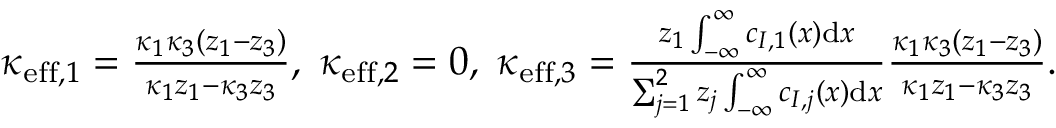
\begin{array} { r l } & { \kappa _ { \mathrm { e f f } , 1 } = \frac { \kappa _ { 1 } \kappa _ { 3 } \left( z _ { 1 } - z _ { 3 } \right) } { \kappa _ { 1 } z _ { 1 } - \kappa _ { 3 } z _ { 3 } } , \; \kappa _ { \mathrm { e f f } , 2 } = 0 , \; \kappa _ { \mathrm { e f f } , 3 } = \frac { z _ { 1 } \int _ { - \infty } ^ { \infty } c _ { I , 1 } ( x ) \mathrm { d } x } { \sum _ { j = 1 } ^ { 2 } z _ { j } \int _ { - \infty } ^ { \infty } c _ { I , j } ( x ) \mathrm { d } x } \frac { \kappa _ { 1 } \kappa _ { 3 } \left( z _ { 1 } - z _ { 3 } \right) } { \kappa _ { 1 } z _ { 1 } - \kappa _ { 3 } z _ { 3 } } . } \end{array}